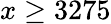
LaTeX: x\geq 3275